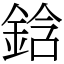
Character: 鋡